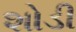
શોડી